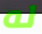
له